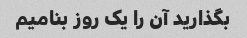
بگذارید آن را یک روز بنامیم